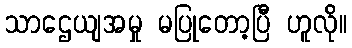
သာဌေယျအမှု မပြုတော့ပြီ ဟူလို။